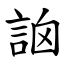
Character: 䛜